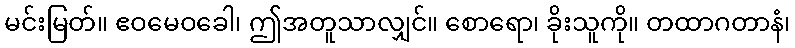
မင်းမြတ်။ ဧဝမေဝခေါ၊ ဤအတူသာလျှင်။ စောရော၊ ခိုးသူကို။ တထာဂတာနံ၊